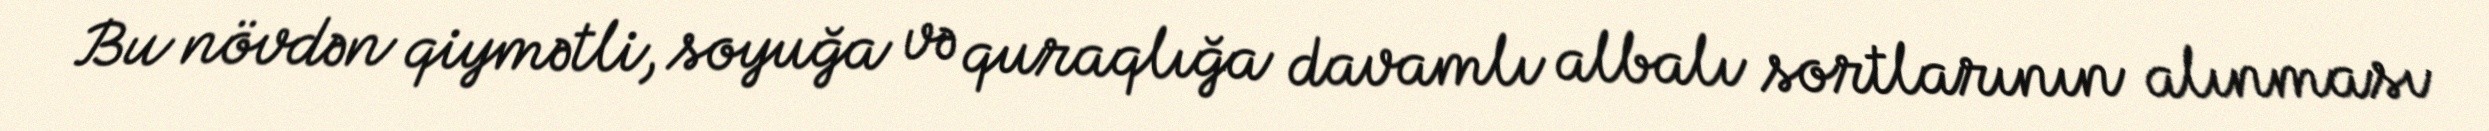
Bu növdən qiymətli, soyuğa və quraqlığa davamlı albalı sortlarının alınması